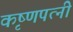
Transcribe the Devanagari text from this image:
कृष्णपत्‍नी